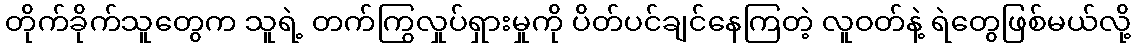
တိုက်ခိုက်သူတွေက သူရဲ့ တက်ကြွလှုပ်ရှားမှုကို ပိတ်ပင်ချင်နေကြတဲ့ လူဝတ်နဲ့ ရဲတွေဖြစ်မယ်လို့